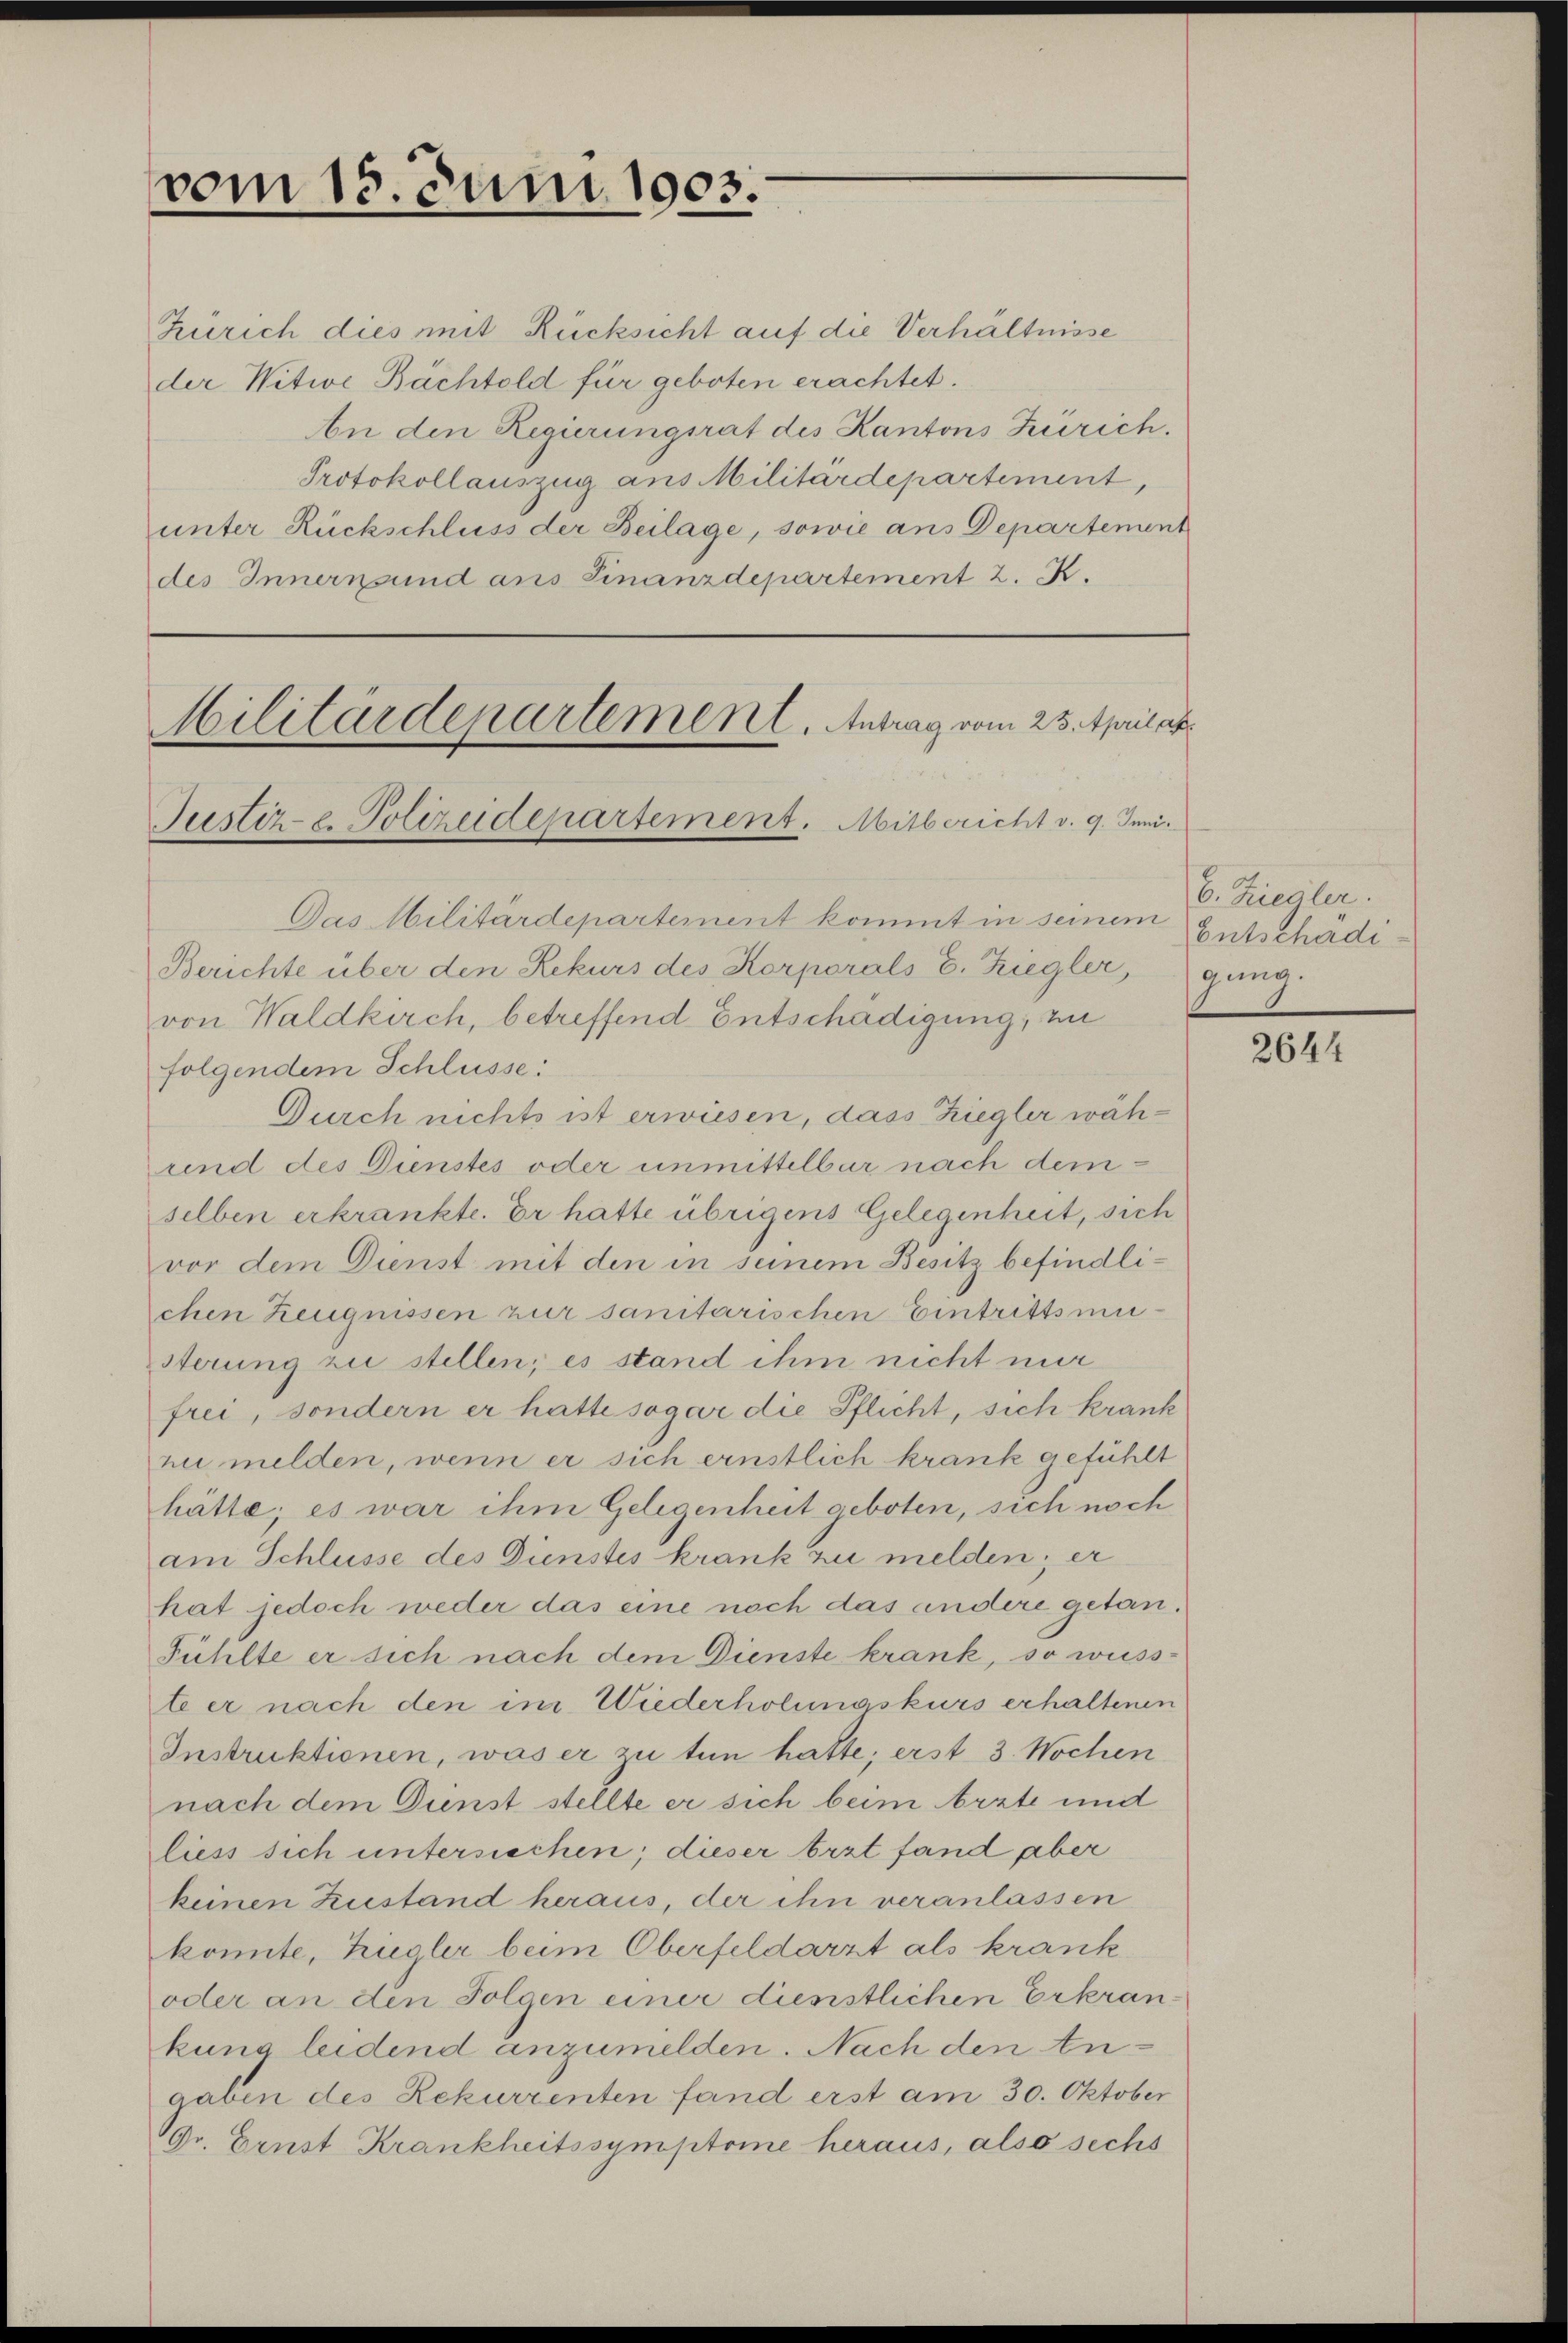
Zürich dies mit Rücksicht auf die Verhältnisse
der Witwe Bachtold für geboten erachtet.
An den Regierungsrat des Kantons Zürich.
Protokollauszug aus Militärdepartement,
unter Rückschluss der Beilage, sowie ans Departement
des Innernsund aus Finanzdepartement 2. K.

vom 15. Juni 1903.

Militärdepartement. Antrag vom 23. Aprilat
Justiz- u. Polizeidepartement. Mitbericht v. 9. Juni.

Das Militärdepartement kommt in seinem Entschädi¬
Berichte über den Rekurs des Korporals E. Ziegler, gang.
von Waldkirch, betreffend Entschädigung, zu
folgendem Schlüsse:
Durch nichts ist erwiesen, dass Ziegler wäh¬
und des Dienstes oder unmittelbar nach demselben erkrankte. Er hätte übrigens Gelegenheit, sich
vor dem Dienst mit den in seinem Besitz befindlichen Zeugnissen zur sanitarischen Eintrittsmisterung zu stellen; es stand ihm nicht nur
frei, sondern er hatte sogar die Pflicht, sich krank
ni melden, wenn er sich ernstlich krank gefühlt
hätte; es war ihm Gelegenheit geboten, sich noch
am Schlüsse des Dunstes krank zu melden; er
hat jedoch weder das eine noch das andere getan.
Fühlte er sich nach dem Dienste krank, so weisste er nach den im Wiederholungskurs erhaltenen
Instruktionen, was er zu tun hatte; erst 3 Wochen
nach dem Dienst stellte er sich beim Arzte und
liess sich untersiechen; dieser Arzt fand aber
keinen Zustand heraus, der ihn veranlassen
konnte, Ziegler beim Oberfeldarzt als krank
oder an den Folgen einer dienstlichen Erkrankung leidend anzumelden. Nach den Angaben des Rekurrenten fand erst am 30. Oktober
Dr. Ernst Krankheitssymptome heraus, also sechs

6. Ziegler.

2644